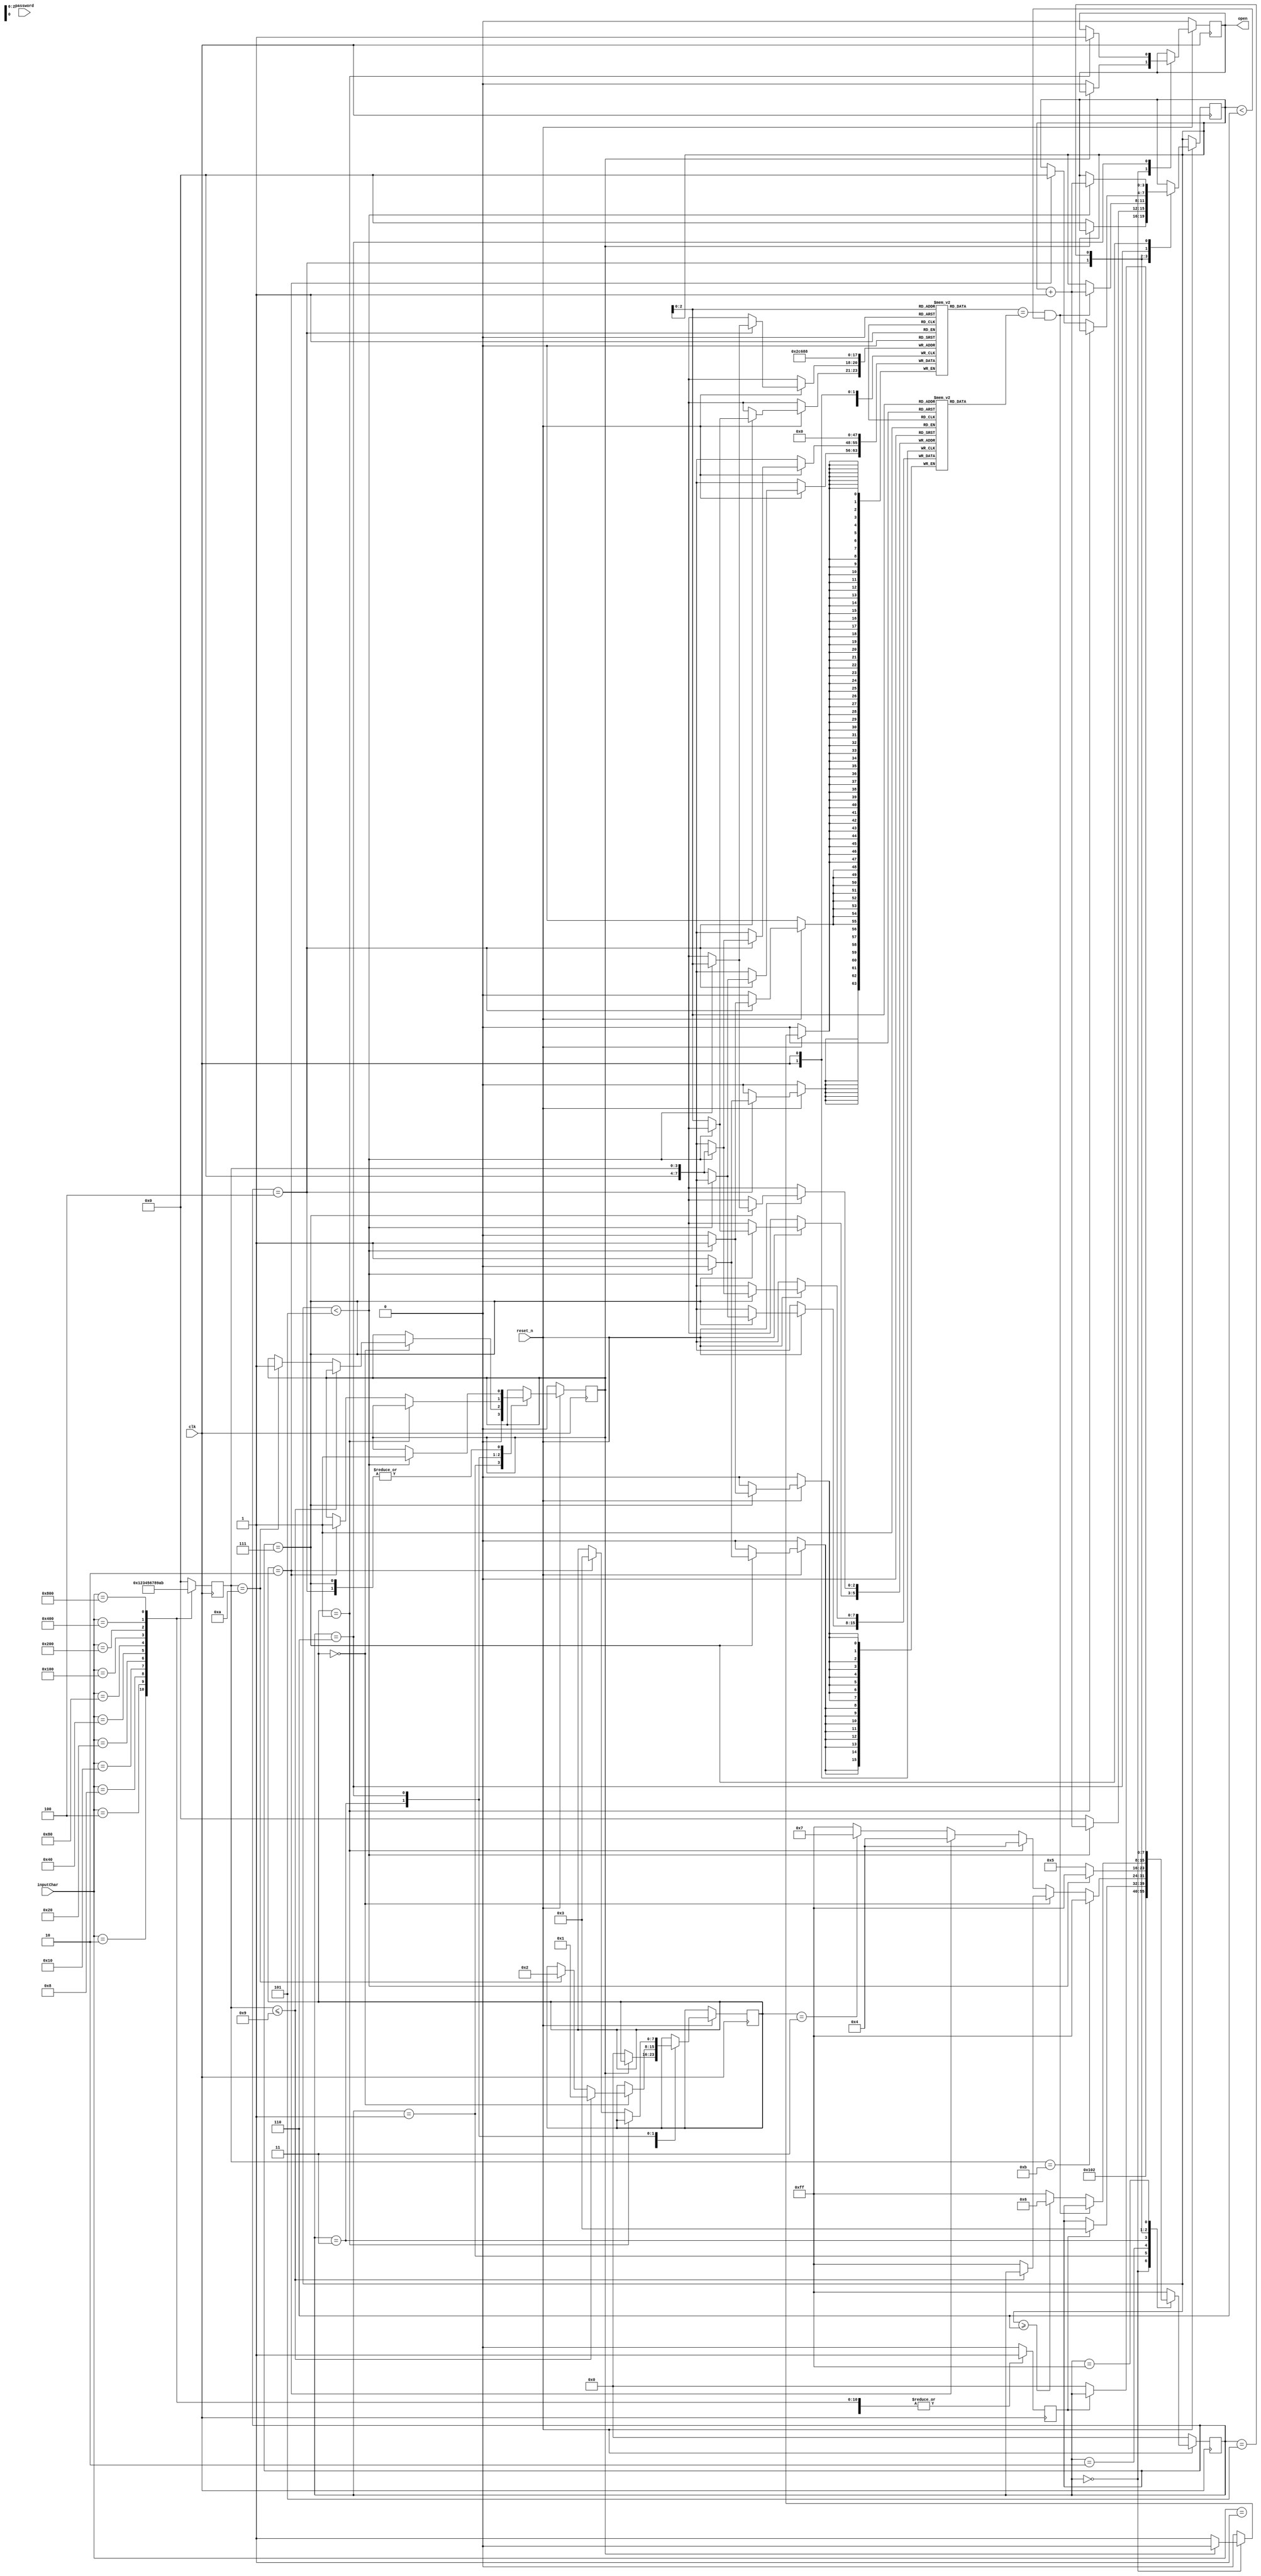
/*
 * addr   : whu.edu.ionosphereLab
 */

module lockeddoor(
input              clk,
input              reset_n,
input  [11:0]      inputChar,   // 0-9 * #
input  [ 7:0]      password,    // 
output reg         open         // 
);

integer                i             = 0;
reg                    KEEP          = 0;          // 
reg        [ 7: 0]     PASSWD [5:0];               // 
reg        [ 7: 0]     INPUTS [5:0];

reg                    pressing      = 0;          // 
reg        [ 7: 0]     curInputChar  = 0;          // 
reg        [ 7: 0]     curMode       = 0;          //  (0: 1: 2: 3:)
reg        [ 7: 0]     state         = 0;
reg        [ 3: 0]     num           = 0;

/************************     ************************/
always @(posedge clk) begin
    case (inputChar)
      12'b000000000001:begin
        curInputChar <= 0;
        pressing     <= 1;
      end
      12'b000000000010:begin
        curInputChar <= 1;
        pressing     <= 1;
      end
      12'b000000000100:begin
        curInputChar <= 2;
        pressing     <= 1;
      end
      12'b000000001000:begin
        curInputChar <= 3;
        pressing     <= 1;
      end
      12'b000000010000:begin
        curInputChar <= 4;
        pressing     <= 1;
      end
      12'b000000100000:begin
        curInputChar <= 5;
        pressing     <= 1;
      end
      12'b000001000000:begin
        curInputChar <= 6;
        pressing     <= 1;
      end
      12'b000010000000:begin
        curInputChar <= 7;
        pressing     <= 1;
      end
      12'b000100000000:begin
        curInputChar <= 8;
        pressing     <= 1;
      end
      12'b001000000000:begin
        curInputChar <= 9;
        pressing     <= 1;
      end
      12'b010000000000:begin
        curInputChar <= 10;
        pressing     <= 1;
      end
      12'b100000000000:begin
        curInputChar <= 11;
        pressing     <= 1;
      end
      default:begin
        curInputChar <= 0;
        pressing     <= 0;
      end
    endcase
end


/************************    ************************/
initial begin
    PASSWD[0] <= 1;
    PASSWD[1] <= 2;
    PASSWD[2] <= 3;
    PASSWD[3] <= 4;
    PASSWD[4] <= 5;
    PASSWD[5] <= 6;
end


/************************    ************************/

always @(posedge clk ) begin
if (!reset_n) begin
    state <= 0; 
    KEEP <= 0;
    open <= 0;
end else begin
    case (state)
      0:begin// 
        if (KEEP) begin
            state <= 1;
        end else begin
            num  <= 0;
            open <= 0;
            state <= 1;
            curMode <= 0;
            for (i=0;i<6;i=i+1) begin
                INPUTS[i]<= 0;
            end
        end
      end
      1:begin// 
        KEEP  <= 0;
        state <= 2;
      end
      2:begin// 
        if (pressing) begin
            state <= 3;
        end
      end
      3:begin// 
        if (curMode == 0) begin /************************    ************************/
            if (curInputChar<=9) begin          /***** [0-9]  *****/
                curMode <= 1;
            end else if (curInputChar==10) begin/***** [ * ]  *****/
                curMode <= 2;
                KEEP  <= 1;
                state <= 255;
            end else begin
                state <= 255;
            end
        end else begin         /************************   ************************/
            if (curMode==1) begin
                state <= 4;
            end else if (curMode==2) begin
                state <= 4; // 
            end else if (curMode==3) begin
                state <= 7; // 
            end else begin
                state <= 255;
            end
        end
        if (curInputChar==11) begin/***** [ # ] *****/
            state <= 255;
        end
      end
      4:begin// 
        if (num<5) begin// 6
            INPUTS[num] <= curInputChar;
            num <= num + 1;
            KEEP  <= 1;
            state <= 255;// !!!
        end else begin
            INPUTS[num] <= curInputChar;
            state <= 5;  // 
            num <= 0;
        end
      end
      5:begin// 
        if (INPUTS[num]==PASSWD[num] && num<6) begin
            num<=num+1;
        end else if (num>=6) begin
            state <= 6;
        end else begin
            state <= 255;
        end
      end
      6:begin// 
        if (curMode == 1) begin
            open  <= 1;
            state <= 255;
        end else if (curMode == 2) begin
            num   <=0;
            curMode <= 3;// 
            KEEP  <= 1;
            state <= 255;
        end else begin
            state <= 255;
        end
      end
      7:begin// 
         if (num<5) begin
            PASSWD[num] <= curInputChar;
            num   <= num + 1;
            KEEP  <= 1;
            state <= 255;
        end else begin
            PASSWD[num] <= curInputChar;
            state <= 255;
        end
      end

      255:begin // 
        if (!pressing) begin
            state <= 0;
        end
      end

      default:
        state <= 255;
    endcase
end
end

endmodule
//end lockeddoor